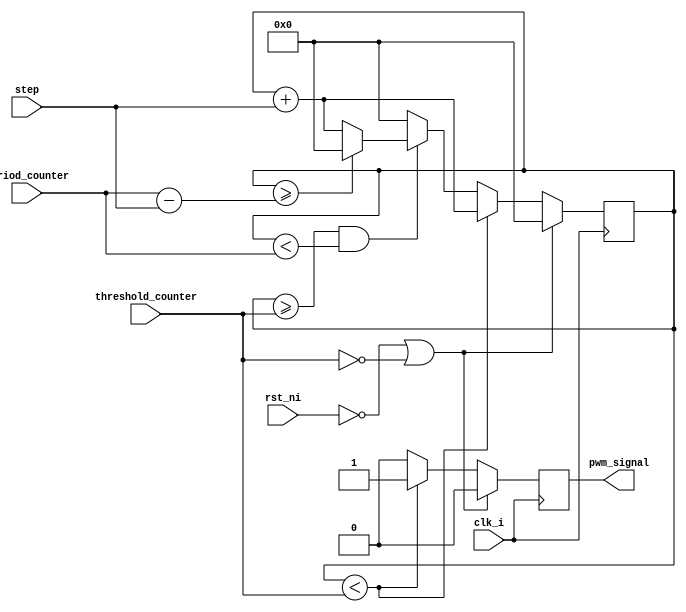
module pwm_standard_mode #(
   parameter Resolution = 32
) (
   input                   clk_i,
   input                   rst_ni,
   input  [Resolution-1:0] threshold_counter,
   input  [Resolution-1:0] period_counter,
   input  [Resolution-1:0] step,
   output                  pwm_signal
);

   reg                    output_reg;
   reg   [Resolution-1:0] counter;
   
   assign pwm_signal = output_reg;
   
   always @(posedge clk_i) begin
      if (rst_ni == 0  | threshold_counter == 0) begin
         counter      <= 0;
         output_reg   <= 0;
      end else begin
         if (counter < threshold_counter) begin
            output_reg <= 1;
            counter    <= counter + step;
         end else if (counter >= threshold_counter && counter < period_counter) begin
            output_reg <= 0;
            if (counter >= period_counter - step) begin
               counter <= 0;
            end else begin
               counter <= counter + step;
            end
         end else begin
            output_reg <= 0;
            counter    <= 0;
         end
      end
   end
endmodule